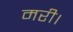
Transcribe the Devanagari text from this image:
मरी।